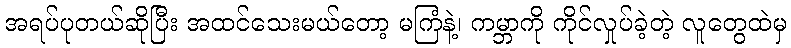
အရပ်ပုတယ်ဆိုပြီး အထင်သေးမယ်တော့ မကြံနဲ့၊ ကမ္ဘာကို ကိုင်လှုပ်ခဲ့တဲ့ လူတွေထဲမှ